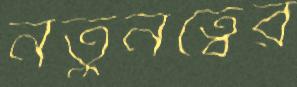
নতুনত্বের